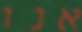
אנו